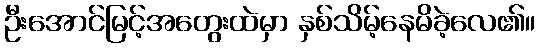
ဦးအောင်မြင့်အတွေးထဲမှာ နှစ်သိမ့်နေမိခဲ့လေ၏။